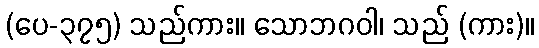
(ပေ-၃၇၅) သည်ကား။ သောဘဂဝါ၊ သည် (ကား)။